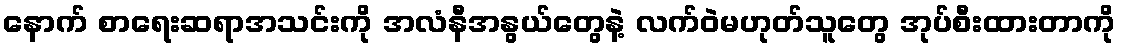
နောက် စာရေးဆရာအသင်းကို အလံနီအနွယ်တွေနဲ့ လက်ဝဲမဟုတ်သူတွေ အုပ်စီးထားတာကို